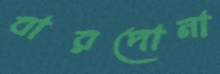
বারদোনা